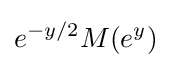
e^{-y/2}M(e^{y})